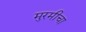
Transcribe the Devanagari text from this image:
मुरमीचा